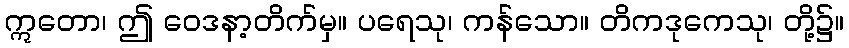
ဣတော၊ ဤ ဝေဒနာ့တိက်မှ။ ပရေသု၊ ကန်သော။ တိကဒုကေသု၊ တို့၌။